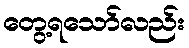
တွေ့ရသော်လည်း